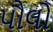
પૌલો